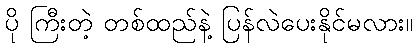
ပို ကြီးတဲ့ တစ်ထည်နဲ့ ပြန်လဲပေးနိုင်မလား။